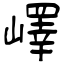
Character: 嶧